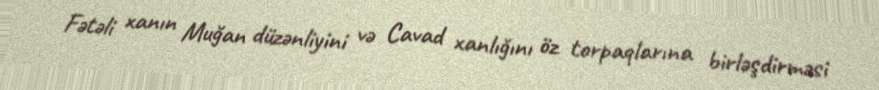
Fətəli xanın Muğan düzənliyini və Cavad xanlığını öz torpaqlarına birləşdirməsi